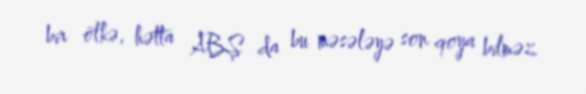
bir ölkə, hətta ABŞ da bu məsələyə son qoya bilməz.